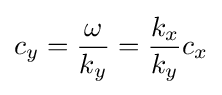
c_{y}={\omega  \over k_{y}}={k_{x} \over k_{y}}c_{x}